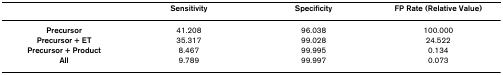
<table><thead><tr><td></td><td><b>Sensitivity</b></td><td><b>Specificity</b></td><td><b>FP Rate (Relative Value)</b></td></tr></thead><tbody><tr><td><b>Precursor</b></td><td>41.208</td><td>96.038</td><td>100.000</td></tr><tr><td><b>Precursor + ET</b></td><td>35.317</td><td>99.028</td><td>24.522</td></tr><tr><td><b>Precursor + Product</b></td><td>8.467</td><td>99.995</td><td>0.134</td></tr><tr><td><b>All</b></td><td>9.789</td><td>99.997</td><td>0.073</td></tr></tbody></table>